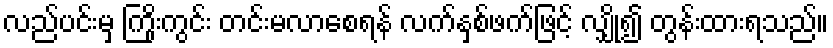
လည်ပင်းမှ ကြိုးကွင်း တင်းမလာစေရန် လက်နှစ်ဖက်ဖြင့် လျှို၍ တွန်းထားရသည်။